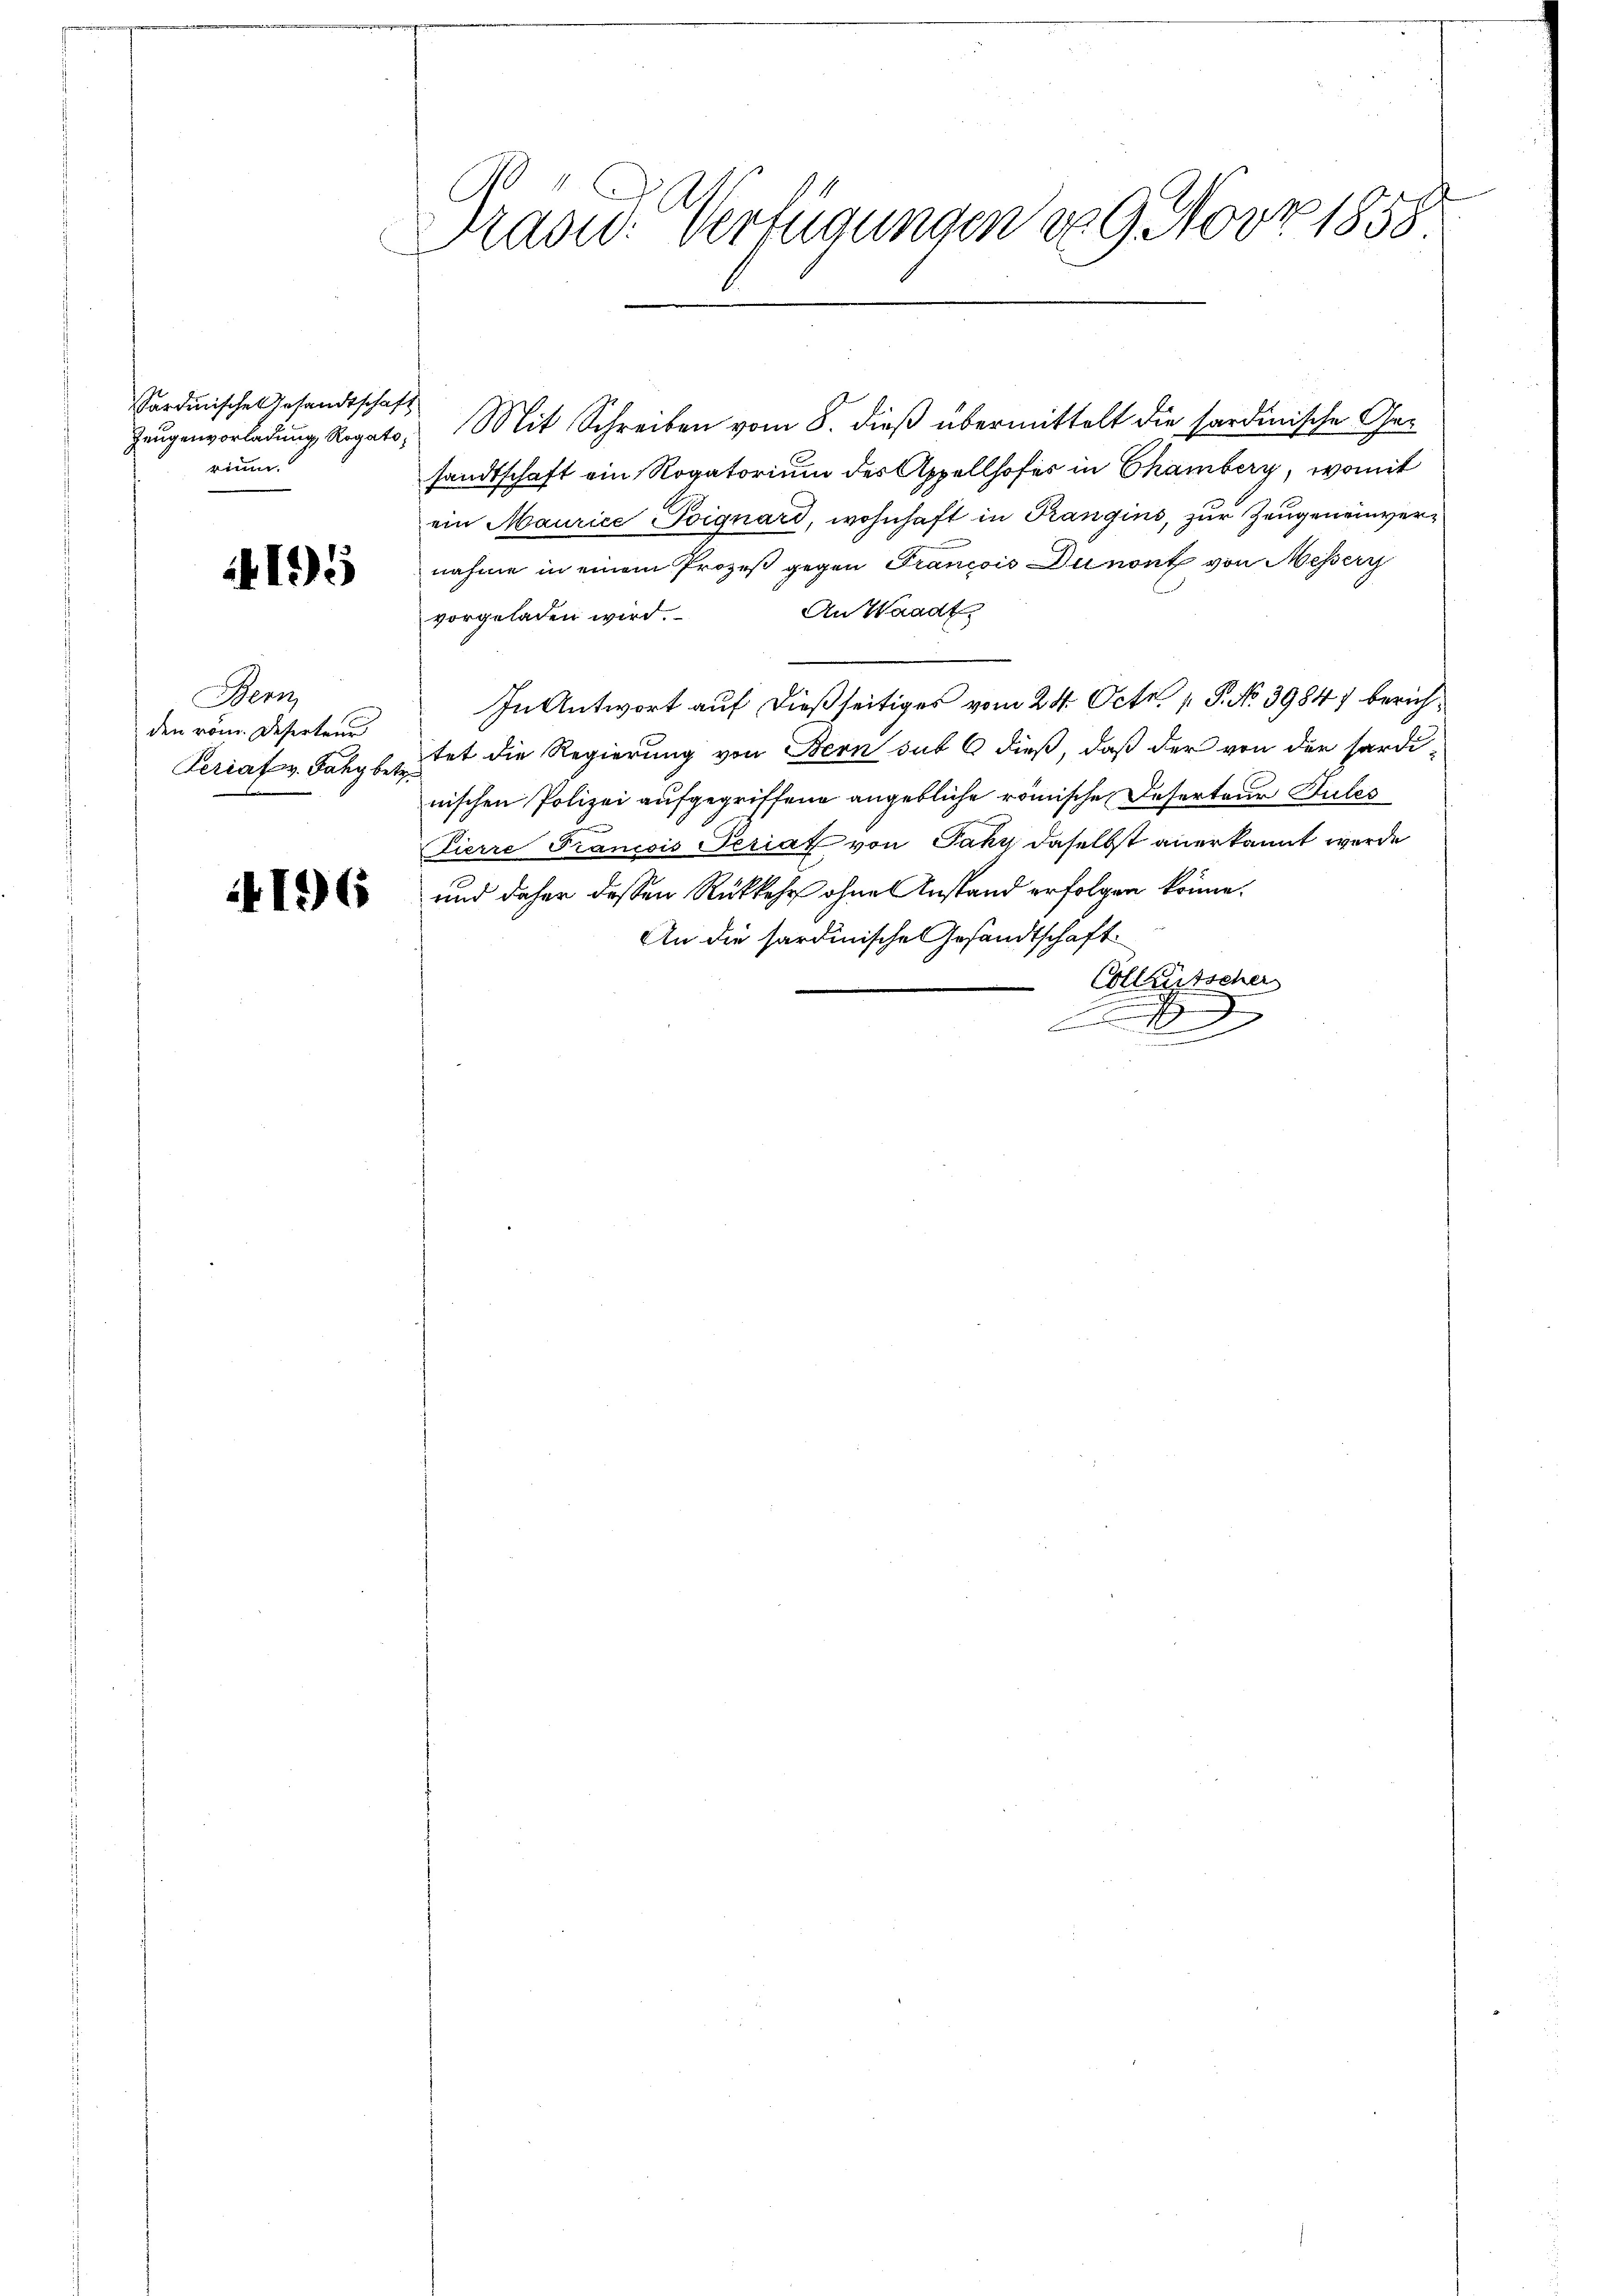
Sardinische Gesandtschaft
rinn.

195

Bern,
den vom Deserten
Periat v. Jahy betr.

196

2
Frasw: Verfügungen d. 9. Nov. 1855

Zeugenvorladung Rogato, Mit Schreiben vom 8. dieß übermittelt die sardinische Gesandtschaft ein Rogatorium des Appellhofes in Chamberg, womit
ein Maurice Poignard, wohnhaft in Prangins, zur Zeugen einvernahme in einem Prozeß gegen Francois Dunont von Messerr
An Waadt
vorgeladen wird.
In Antwort auf dießseitiges vom 24. Oct. P. No 39847 berichtet die Regierung von Bern sub 6 dieß, daß der von der hardi-
nischen Polizei aufgegriffene angebliche römische Deserteur Pules
Pierre Francois Periat von Jaky daselbst anerkannt werde
und daher dessen Rückkehr ohne Anstand erfolgen könne.
An die sardinische Gesandtschaft
Collentscher
i